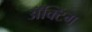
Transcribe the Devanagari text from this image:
अॅक्टिंग